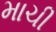
માચી